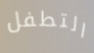
التطفل